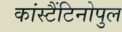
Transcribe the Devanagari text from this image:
कांस्टैंटिनोपुल